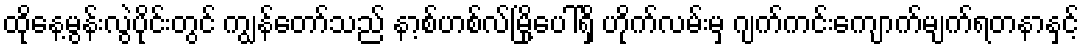
ထိုနေ့မွန်းလွဲပိုင်းတွင် ကျွန်တော်သည် နာ့စ်ဟစ်လ်မြို့ပေါ်ရှိ ဟိုက်လမ်းမှ ဂျက်ကင်းကျောက်မျက်ရတနာနှင့်